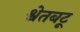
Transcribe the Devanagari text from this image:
श्वेतबटू